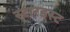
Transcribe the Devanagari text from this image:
स्‍टारडस्‍ट